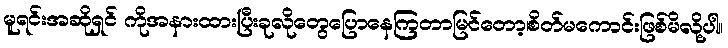
မူရင်းအဆိုရှင် ကိုအနားထားပြီးခုလိုတွေပြောနေကြတာမြင်တော့၊စိတ်မကောင်းဖြစ်မိလို့ပါ။